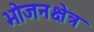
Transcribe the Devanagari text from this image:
भोजनक्षेत्र